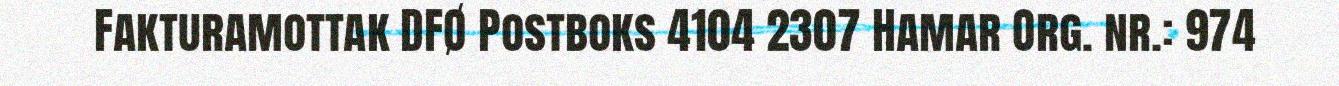
Fakturamottak DFØ Postboks 4104 2307 Hamar Org. nr.: 974